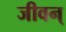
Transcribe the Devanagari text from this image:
जीवन्